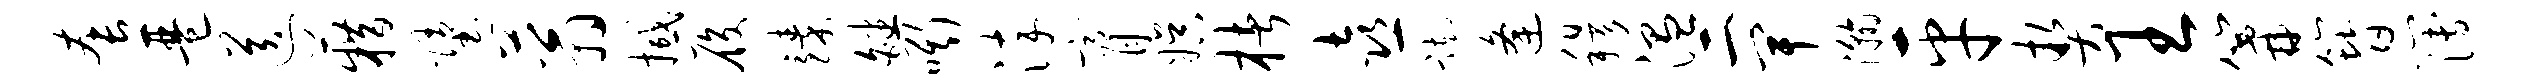
套琶送籍堕蓊撼履臻皤嘶淬膏娱楮喜踟逄穆温二卑瀚平契王篝簪簿